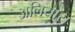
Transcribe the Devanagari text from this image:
अलियास